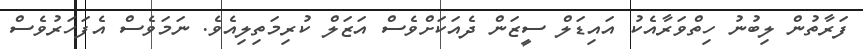
ފަރާތުން ލިބުނު ހިތްވަރާއެކު އައިޑަލް ސީޒަން ދެއަކަށްވެސް އަޒަލް ކުރިމަތިލިއެވެ. ނަމަވެސް އެފަހަރުވެސް